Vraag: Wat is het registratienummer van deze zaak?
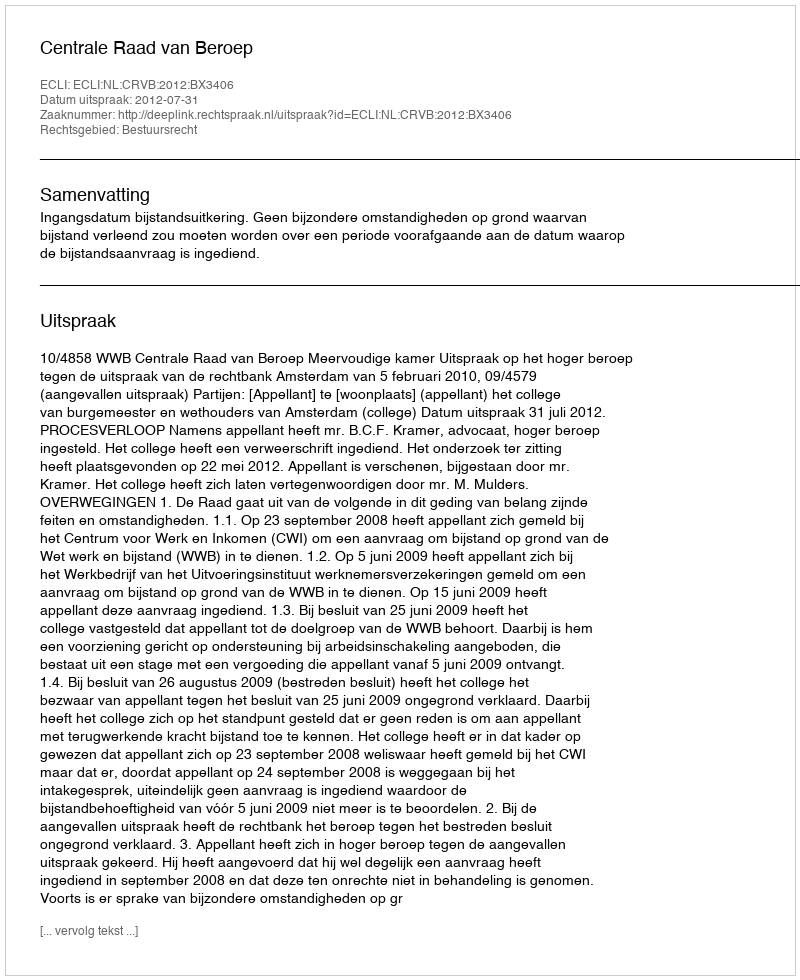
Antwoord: http://deeplink.rechtspraak.nl/uitspraak?id=ECLI:NL:CRVB:2012:BX3406